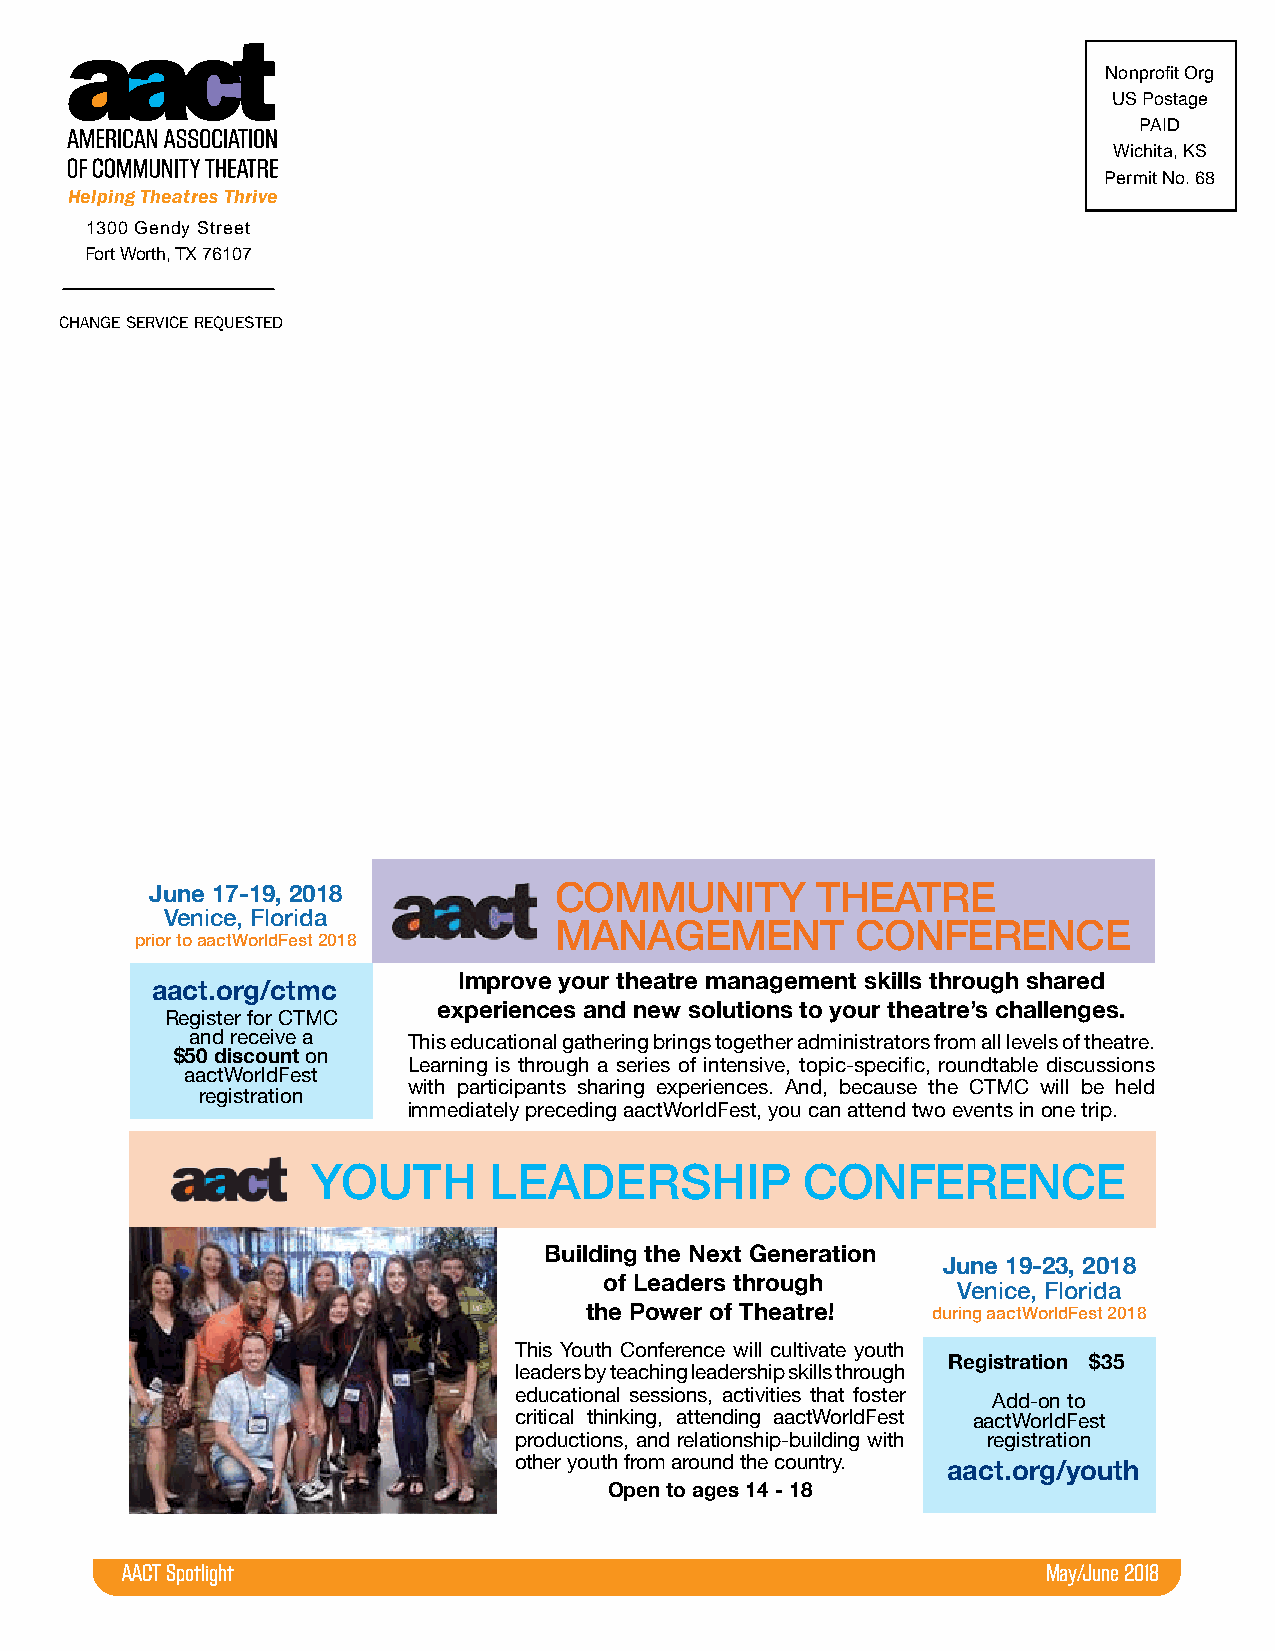
Nonprofit Org
 US Postage
 PAID
 Wichita, KS
 Permit No. 68
 Helping Theatres Thrive
 1300 Gendy Street
 Fort Worth, TX 76107
 CHANGE SERVICE REQUESTED
 COMMUNITY        THEATRE
 June 17-19, 2018
 Venice, florida
 MANAGEMENT          CONfERENCE
 prior to aactWorldfest 2018
 Improve your theatre management skills through shared
 aact.org/ctmc
 experiences and new solutions to your theatre’s challenges.
 Register for CTMC
 and receive a This educational gathering brings together administrators from all levels of theatre.
 $50 discount on
 Learning is through a series of intensive, topic-specific, roundtable discussions
 aactWorldFest
 with participants sharing experiences. And, because the CTMC will be held
 registration
 immediately preceding aactWorldFest, you can attend two events in one trip.
 YOUTH      LEADERSHIP           CONfERENCE
 Building the Next Generation
 June 19-23, 2018
 of Leaders through     Venice, florida
 the Power of Theatre!  during aactWorldfest 2018
 This Youth Conference will cultivate youth
 Registration $35
 leaders by teaching leadership skills through
 educational sessions, activities that foster
 Add-on to
 critical thinking, attending aactWorldFest aactWorldFest
 productions, and relationship-building with registration
 other youth from around the country.
 aact.org/youth
 Open to ages 14 - 18
 AACT Spotlight                                               May/June 2018